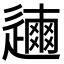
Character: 𨗃